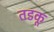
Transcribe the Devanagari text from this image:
तडकू